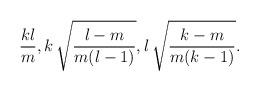
LaTeX: \begin{align*}\frac{k l}{m},k\,\sqrt{\frac{l-m}{m(l-1)}},l\,\sqrt{\frac{k-m}{m(k-1)}}.\end{align*}